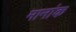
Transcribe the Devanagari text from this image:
मानांक